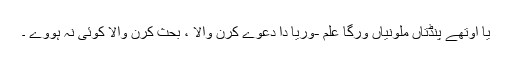
یا اوتھے پنڈتاں ملونیاں ورگا علم -وریا دا دعوے کرن والا ، بحث کرن والا کوئی نہ ہووے ۔